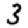
Digit: 3